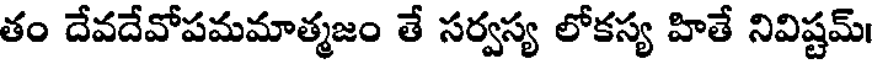
తం దేవదేవోపమమాత్మజం తే సర్వస్య లోకస్య హితే నివిష్టమ్।